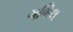
ગભિલ